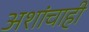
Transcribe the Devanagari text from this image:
अशांचाही